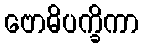
ဗောဓိပက္ခိကာ